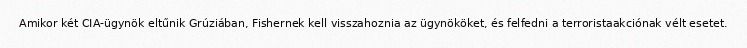
Amikor két CIA-ügynök eltűnik Grúziában, Fishernek kell visszahoznia az ügynököket, és felfedni a terroristaakciónak vélt esetet.